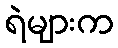
ရဲများက